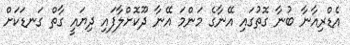
އެޑްރިއާނާ ބުނާ ގޮތުގައި އޭނާގެ މަންމަ އޭނާ ދޫކޮށްލާފައި ދިޔައީ ގާތް ގަނޑަކަށް